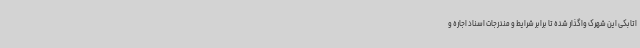
اتابکی این شهرک واگذار شده تا برابر شرایط و مندرجات اسناد اجاره و